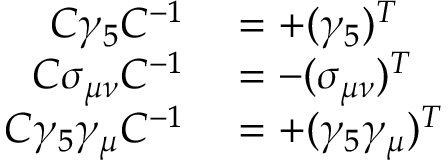
\begin{array} { r l } { C \gamma _ { 5 } C ^ { - 1 } } & { { } = + ( \gamma _ { 5 } ) ^ { T } } \\ { C \sigma _ { \mu \nu } C ^ { - 1 } } & { { } = - ( \sigma _ { \mu \nu } ) ^ { T } } \\ { C \gamma _ { 5 } \gamma _ { \mu } C ^ { - 1 } } & { { } = + ( \gamma _ { 5 } \gamma _ { \mu } ) ^ { T } } \end{array}